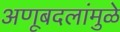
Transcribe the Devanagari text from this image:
अणूबदलांमुळे